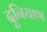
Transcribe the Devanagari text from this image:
दुनियाण